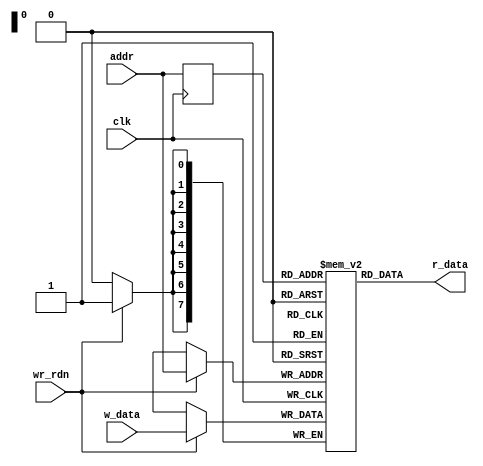
module sp_ram #(parameter DATA_WIDTH = 8,
								  ADDR_WIDTH = 8)
(		input wire  wr_rdn,
		input wire  clk,
		input wire  [ADDR_WIDTH-1:0] addr,
		input wire  [DATA_WIDTH-1:0] w_data,
		output wire [DATA_WIDTH-1:0] r_data);
		
reg  [DATA_WIDTH-1:0] ram [2**ADDR_WIDTH-1:0];
reg  [ADDR_WIDTH-1:0] addr_reg;

//always @(posedge clk, addr, w_data) begin
always @(posedge clk) begin
	if (wr_rdn) begin
		ram[addr] <= w_data;
	end
	addr_reg <= addr;
end

assign r_data = ram[addr_reg];

endmodule